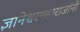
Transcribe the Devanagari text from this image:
ज्ञानेश्वरमहाराजांनी